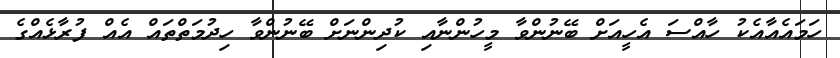
ހަމައެއާއެކު ހާއްސަ އެހީއަށް ބޭނުންވާ މީހުންނާއި ކުދިންނަށް ބޭނުންވާ ހިދުމަތްތައް އެއް ފުރާޅެއްގެ